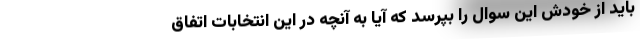
باید از خودش این سوال را بپرسد که آیا به آنچه در این انتخابات اتفاق